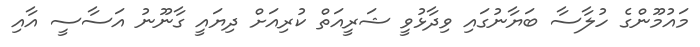
މައުމޫންގެ ހުލާސާ ބަޔާނުގައި ވިދާޅުވީ ޝަރީއަތް ކުރިއަށް ދިޔައީ ގާނޫނު އަސާސީ އާއި